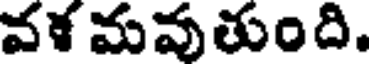
వళ మవుతుంది.